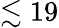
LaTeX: \lesssim 19